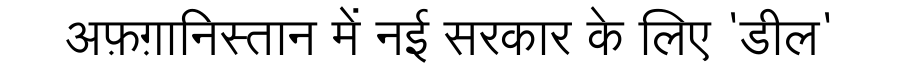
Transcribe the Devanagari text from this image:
अफ़ग़ानिस्तान में नई सरकार के लिए 'डील'